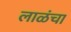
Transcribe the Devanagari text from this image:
लाळंचा